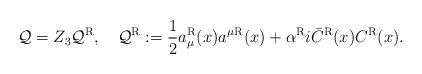
LaTeX: \begin{align*}\mathcal{Q} =Z_3 \mathcal{Q}^{\rm R}, \quad \mathcal{Q}^{\rm R} :={1 \over 2} a_\mu^{\rm R}(x) a^\mu{}^{\rm R}(x) + \alpha^{\rm R} i \bar{C}^{\rm R}(x) C^{\rm R}(x) .\end{align*}